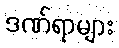
ဒဏ်ရာများ